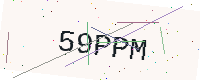
Text: 59PPM